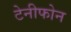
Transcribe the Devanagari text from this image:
टेनीफोन